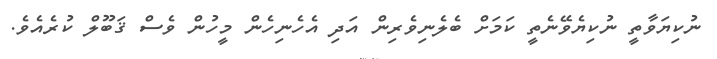
ނުކިޔަވާތީ ނުކިޔެވޭނެތީ ކަމަށް ބެލެނިވެރިން އަދި އެހެނިހެން މީހުން ވެސް ޤަބޫލް ކުރެއެވެ.